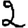
Digit: 2